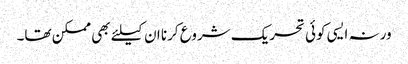
ورنہ ایسی کوئی تحریک شروع کرنا ان کیلئے بھی ممکن تھا۔